Bréfritari: Jón Ólafsson
Viðtakandi: Halldór Jónsson
Dagsetning: A-1879-09-10
Skrifað á: Sveinsstöðum  A-Hún.
bróðursonur HJ. Óvíst.

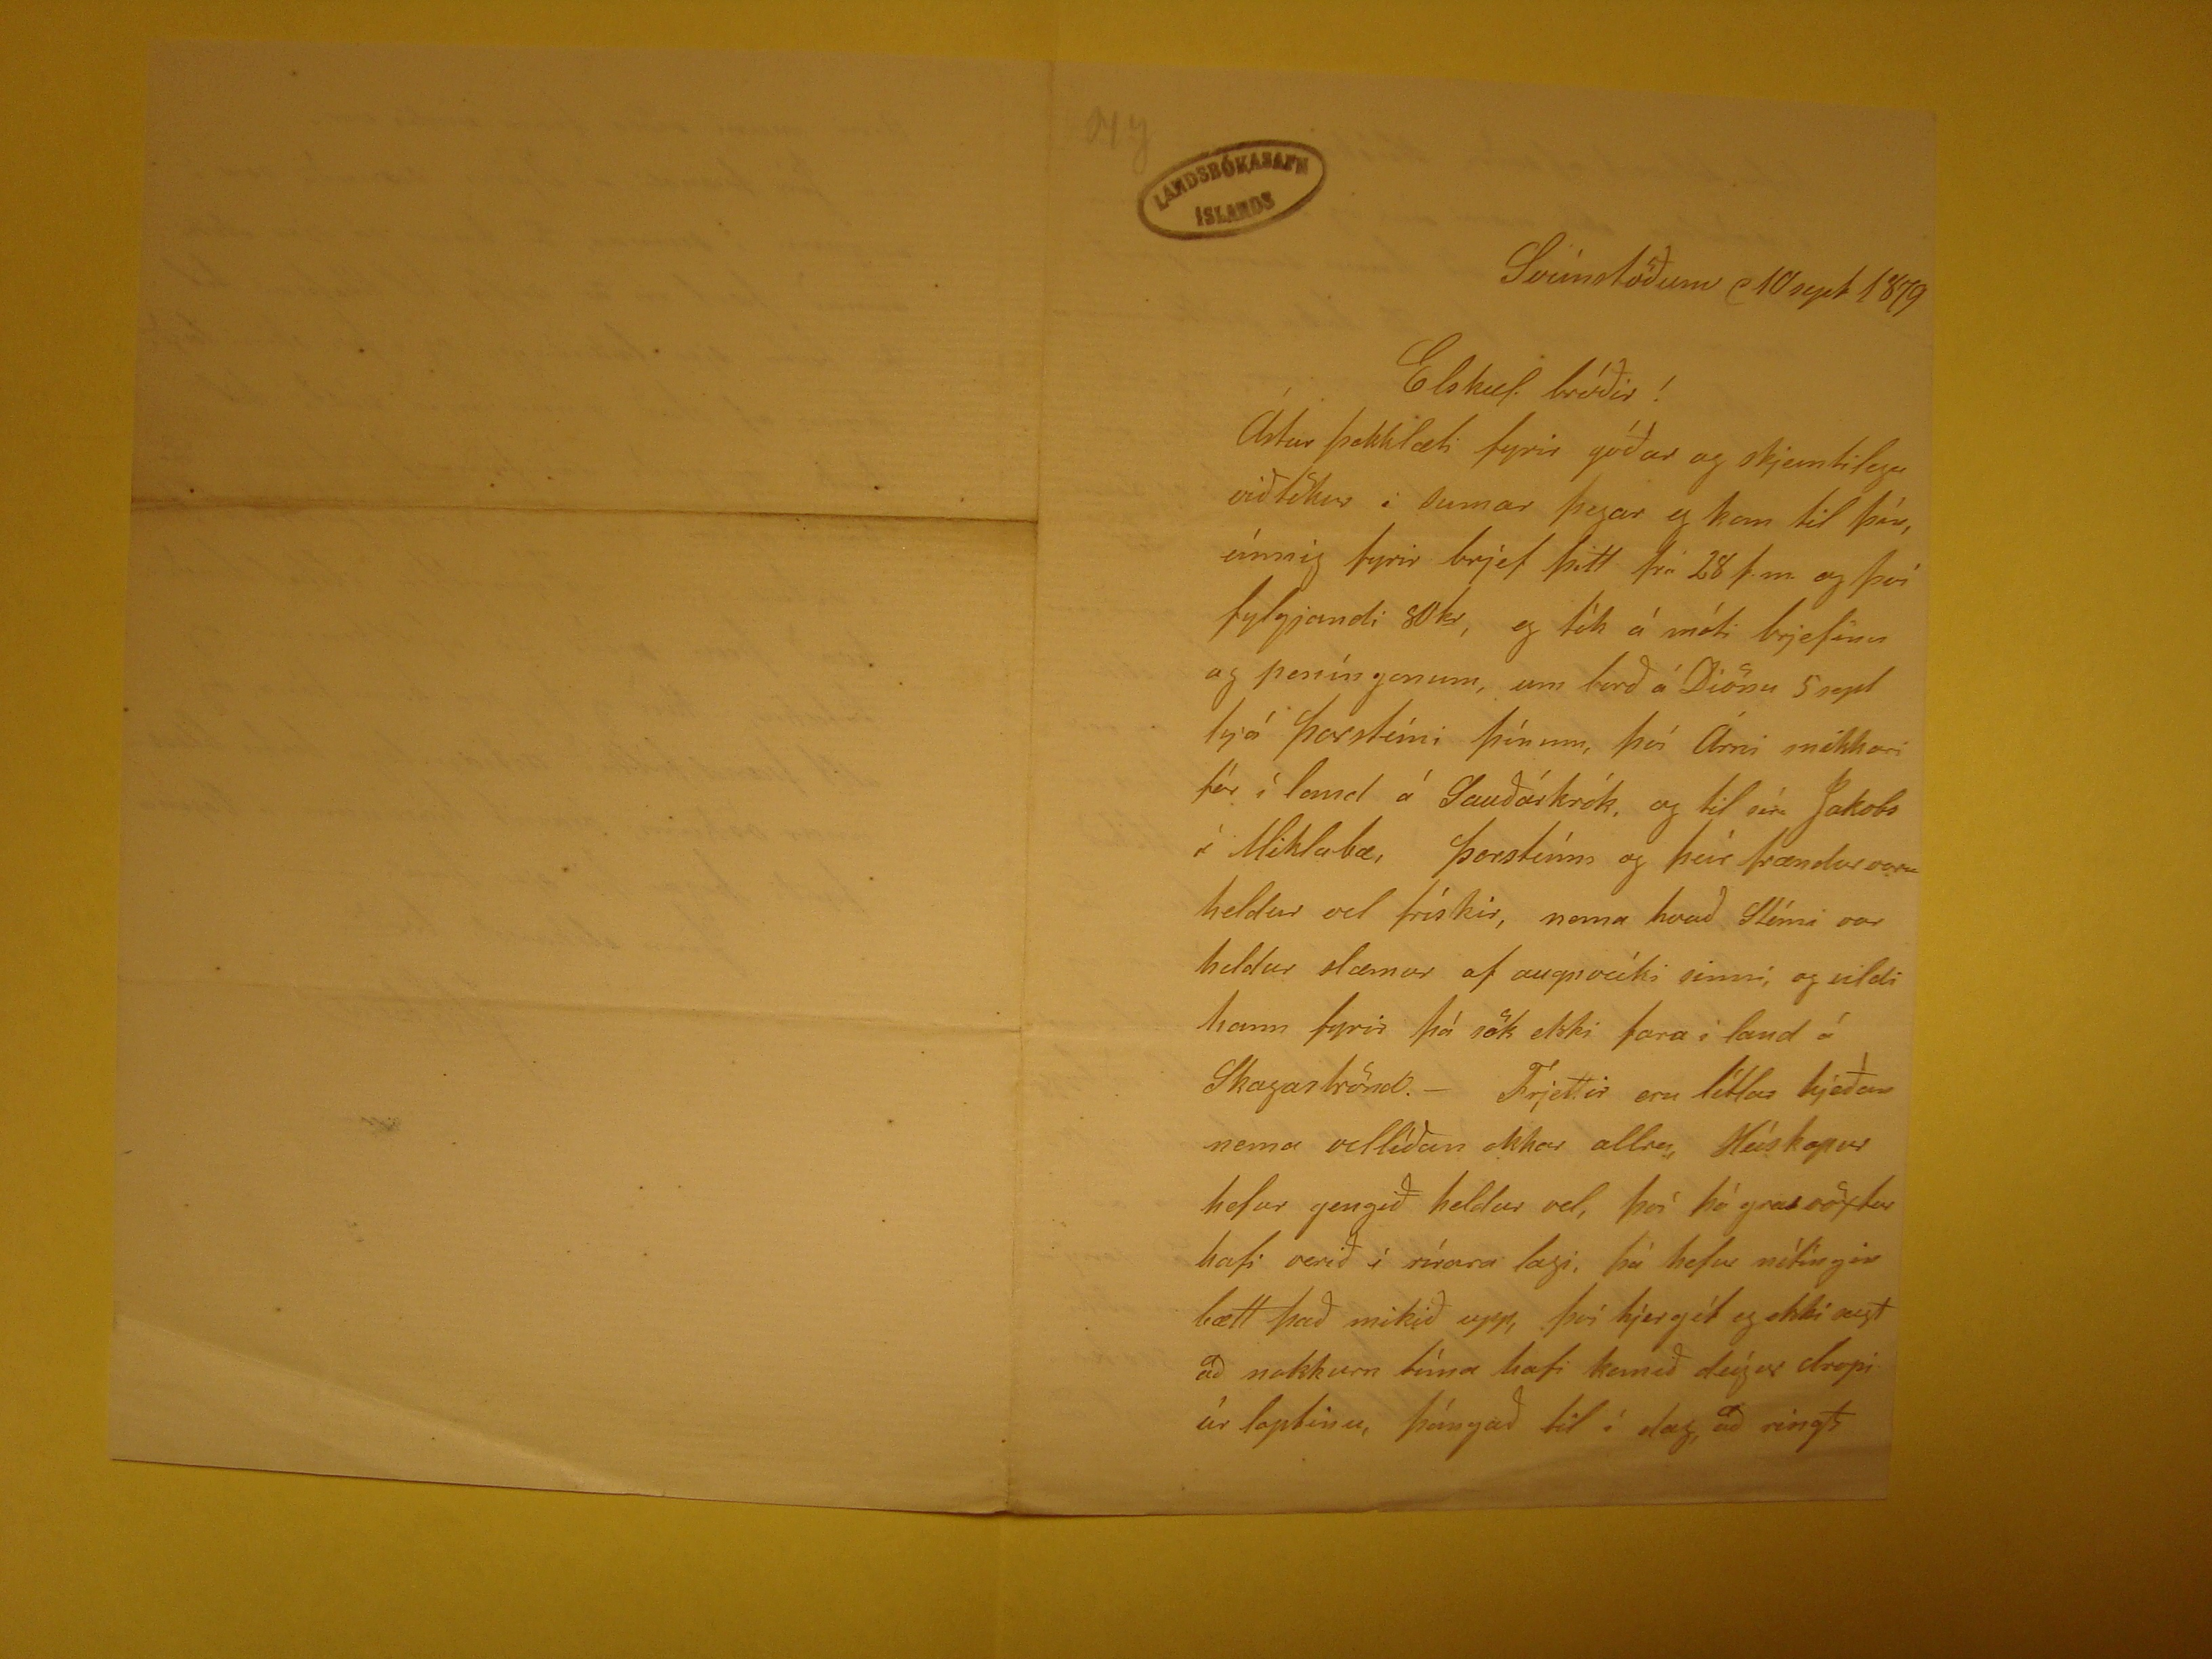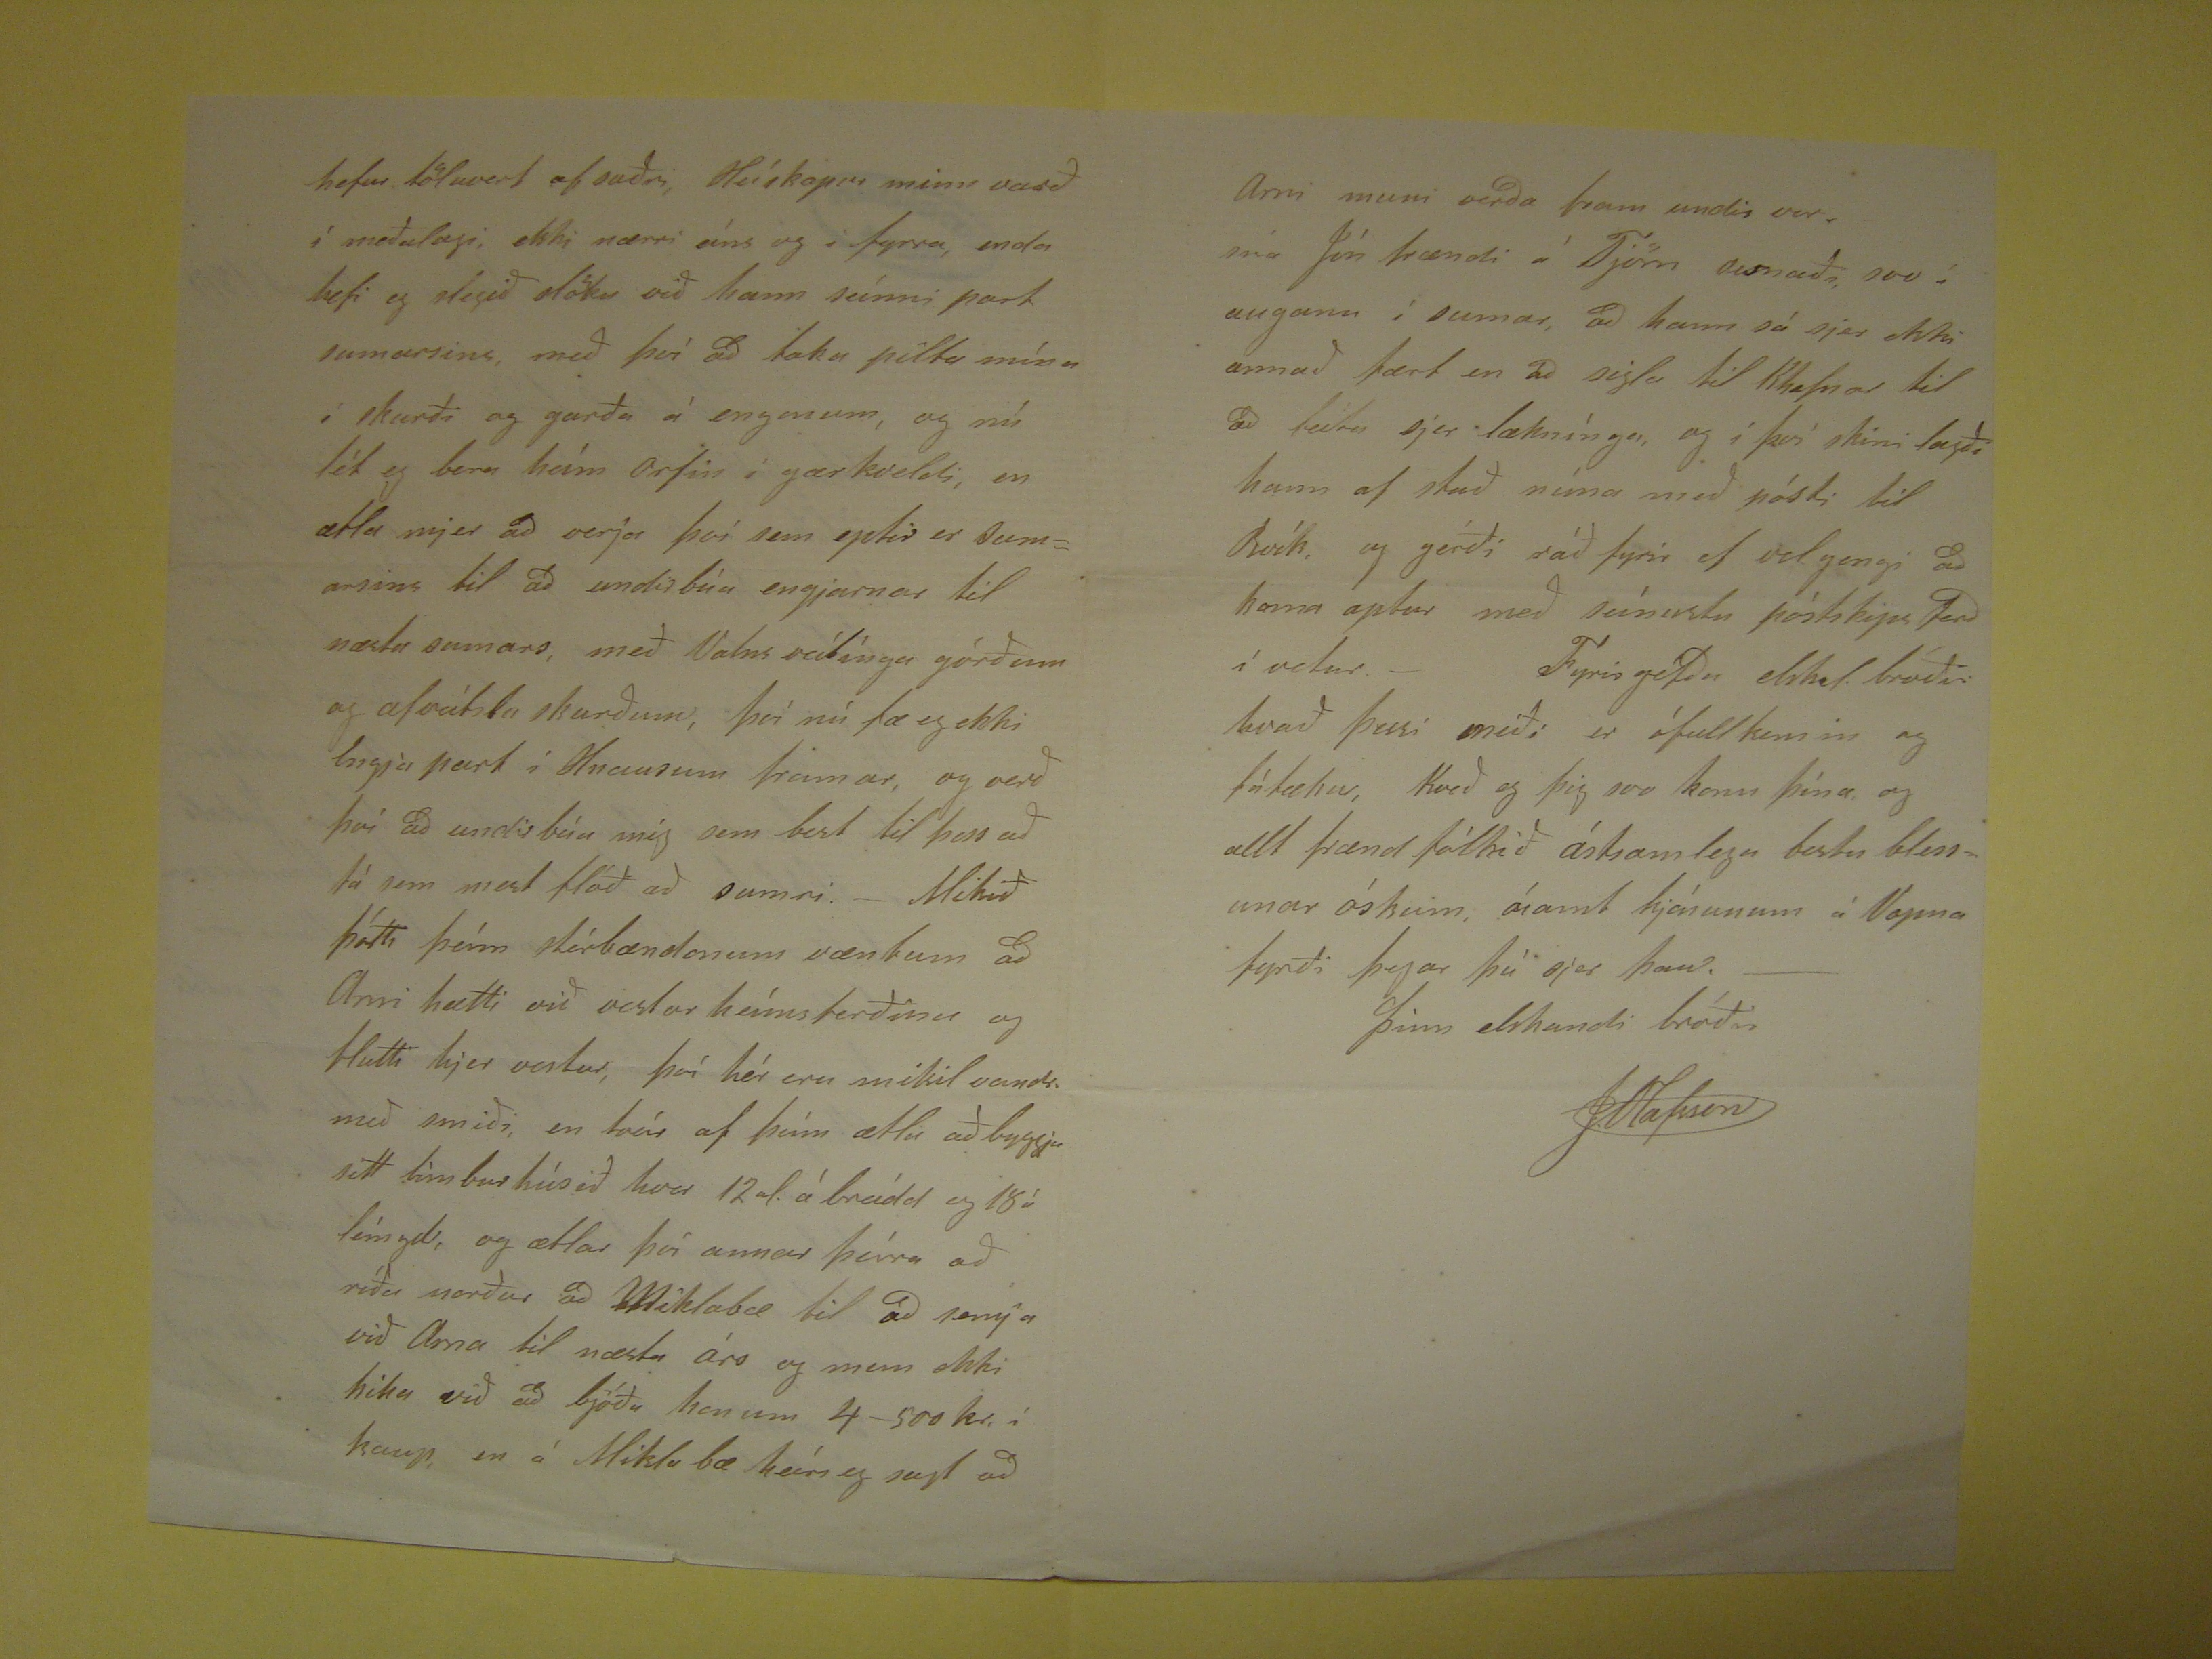

Sveinstöðum , 10 sept 1879
Elskul. bróðir!
Ástar þakklæti fyrir góðar og skjemtilega viðtökur i sumar þegar eg kom til þín, eínnig fyrir brjef þitt frá 28 þ.m. og því fylgjandi 80kr, eg tók á móti brjefinu
og peníngonum, um ferð á Diönu 5 sept hjá Þorsteini þínum, því Árni mikkori fór í lomel á Sauðárkrók, og til sín Jakobs í Miklabæ, Þorsteíns og þeir frændur voru
heldur vel frískir, nema hvað Steini var heldur slæmur af augnveiki sinni, og vildi hann fyrir þá sök ekki fara í land á Skagaströnd.- Frjettir eru lítlar hjeðan nema
vellíðan okkar allra, Heískapur hefur gengið heldur vel, því þó grasvöxtur hafi verið í rírara lagi, þú hefur nítíngir bætt það mikið upp, því hjergít eg ekki sagt að
nokkurn tíma hafi komið
deýir
drepi úr loptinu, þángað til í dag, að ringt
hefur töluvert af suðri, Heískapur minn varð í meðalagi, ekki nærri eíns og i fyrra, enda hefi eg slegið slöku við hann seínni part sumarsins, með því að taka
pilta mína í skurði og garða á engonum, og nú lét eg bera heim orfin i gærkveldi, en ætla jer að verja því sem eptir er sumarsins til að undirbúa engjarnar til næsta
sumars, með Vatnsveitínga görðum og afveitslu skurðum, því nú fæ eg ekki Engjar part í Hnausum framar, og varð því að undirbúa mig sem best til þess að fá sem
mest flóð að sumri.- Mikið þótti þeim stirbændonum væntum að Arni hætti við vestur heimsferðina og flutti hjer vestur, því hér eru mikil vandr. með smiði, en tveir
af þeim ættu að byggju sitt timburhúsið hver 12 al. á breidd og 18 á leingd, og ætlar því annar þeirra að ríða norður að Miklabæ til að semja við Arna til næsta árs
og menn ekki hika við að bjóða honum 4-500 kr. í kaup, en á Mikla bæ heiri eg sagt að
Arni muni verða fram undir vor svo Jón frændi á Tjörn
vesnaði
, svo í auganu í sumar, að hann sá sjer ekki annað fært en að sigla til
Khafnar til að leita sjer læknínga, og í því skini lagði hann af stað núna með pósti til Rvík. og gérði ráð fyrir ef vel gengi að koma aptur með seínustu póstskips ferð
í vetur.- Fyrirgefðu elskul. bróðir hvað þessi miði er ófullkomin og fátækur, Kveð eg þig svo konu þína og allt frænd fólkið ástsamlega bestu blessunar óskum,
ásamt hjónunum á Vopnafyrði þear þú sjer þau. -
þinn elskandi bróðir
JOlafsson